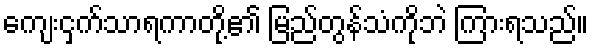
ကျေးငှက်သာရကာတို့၏ မြည်တွန်သံကိုဘဲ ကြားရသည်။